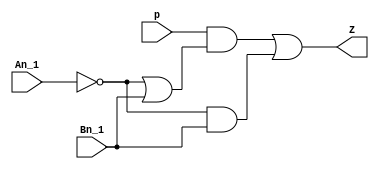
/* Definicin de mdulo para la celda final de la 
   red iterativa analizando las palabras de derecha a izquierda
*/

module celdaFinalDerIzq (
    input p, An_1, Bn_1,
    output Z
); 
    /* wires para la construccin de las funciones lgicas
    de P */
    wire s0, s1, s2;

    /* funcin lgica para la variable de prximo estado P */
    assign s0 = ~An_1 | Bn_1;
    assign s1 = ~An_1 & Bn_1;
    assign s2 = p & s0;    

    assign Z = s2 | s1;

endmodule